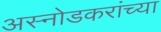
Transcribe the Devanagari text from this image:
अस्नोडकरांच्या